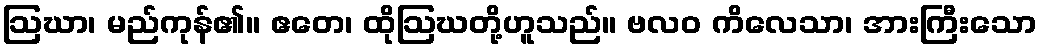
ဩဃာ၊ မည်ကုန်၏။ ဧတေ၊ ထိုဩဃတို့ဟူသည်။ ဗလဝ ကိလေသာ၊ အားကြီးသော